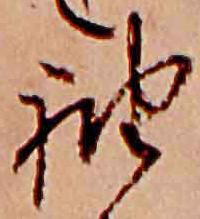
袖